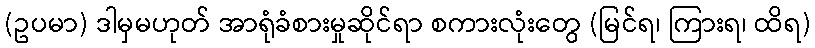
(ဥပမာ) ဒါမှမဟုတ် အာရုံခံစားမှုဆိုင်ရာ စကားလုံးတွေ (မြင်ရ၊ ကြားရ၊ ထိရ)